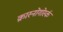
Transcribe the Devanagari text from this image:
क्रास्नोगोर्स्क